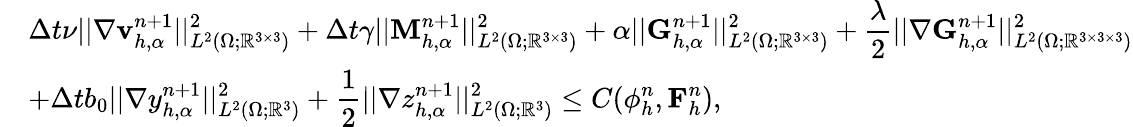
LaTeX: \begin{array}{rl}&{\displaystyle\Delta t\nu||\nabla\mathbf{v}_{h,\alpha}^{n+1}||_{L^{2}(\Omega;\mathbb{R}^{3\times 3})}^{2}+\Delta t\gamma||\mathbf{M}_{h,\alpha}^{n+1}||_{L^{2}(\Omega;\mathbb{R}^{3\times 3})}^{2}+\alpha||\mathbf{G}_{h,\alpha}^{n+1}||_{L^{2}(\Omega;\mathbb{R}^{3\times 3})}^{2}+\frac{\lambda}{2}||\nabla\mathbf{G}_{h,\alpha}^{n+1}||_{L^{2}(\Omega;\mathbb{R}^{3\times 3\times 3})}^{2}}\\ &{\displaystyle+\Delta tb_{0}||\nabla y_{h,\alpha}^{n+1}||_{L^{2}(\Omega;\mathbb{R}^{3})}^{2}+\frac{1}{2}||\nabla z_{h,\alpha}^{n+1}||_{L^{2}(\Omega;\mathbb{R}^{3})}^{2}\leq C(\phi_{h}^{n},\mathbf{F}_{h}^{n}),}\end{array}